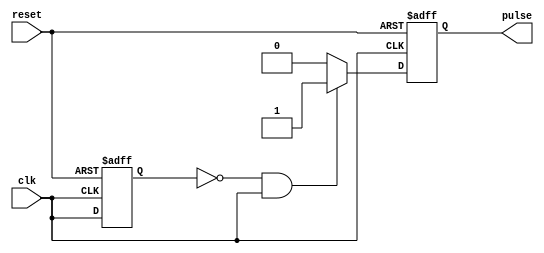
module falling_edge_pulse_generator (
    input wire clk,
    input wire reset,
    output reg pulse
);

reg previous_clk_state;

always @(posedge clk or posedge reset) begin
    if (reset) begin
        previous_clk_state <= 1'b0;
        pulse <= 1'b0;
    end else begin
        if (!previous_clk_state && clk) begin
            pulse <= 1'b1;
        end else begin
            pulse <= 1'b0;
        end
        previous_clk_state <= clk;
    end
end

endmodule